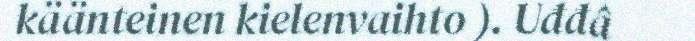
käänteinen kielenvaihto ). Uđđâ